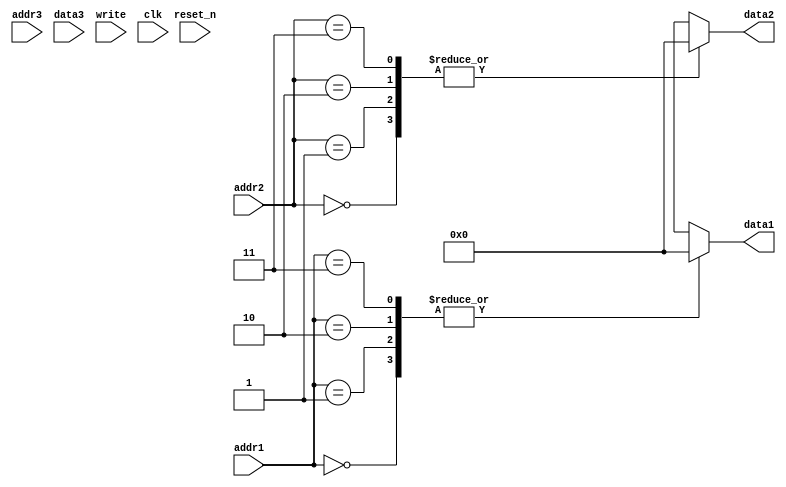
//////////////////////////////////////////////////////////////////////////////////
// Company: 
// Engineer: 
// 
// Design Name: 
// Module Name: RegisterFile
// Project Name: 
// Target Devices: 
// Tool Versions: 
// Description: 
// 
// Dependencies: 
// 
// Revision:
// Revision 0.01 - File Created
// Additional Comments:
// 
//////////////////////////////////////////////////////////////////////////////////


module RegisterFile(
    input [1:0] addr1,
    input [1:0] addr2,
    input [1:0] addr3,
    input [15:0] data3,
    input write,
    input clk,
    input reset_n,
    output [15:0] data1,
    output [15:0] data2
    );
    //addr is 2-bit, so register # is 4 = 2^2
    reg [15:0] register[0:3];
    
    //initialize register
    initial begin
        register[0] <= 0;
        register[1] <= 0;
        register[2] <= 0;
        register[3] <= 0;        
    end
    
    //output is always data of register which is selected
    assign data1 = register[addr1];
    assign data2 = register[addr2];
    
    //Write data at positive clk if enable is 1
    always @(posedge clk) begin   
        if (write == 1) begin
            register[addr3] <= data3;
        end
    end
    
    // reset all register to 0
    always @(*) begin
        if (reset_n == 0) begin
            register[0] <= 0;
            register[1] <= 0;
            register[2] <= 0;
            register[3] <= 0;
        end
    end

endmodule